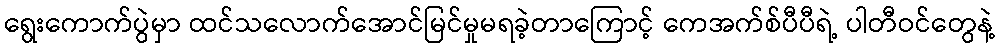
ရွေးကောက်ပွဲမှာ ထင်သလောက်အောင်မြင်မှုမရခဲ့တာကြောင့် ကေအက်စ်ပီပီရဲ့ ပါတီဝင်တွေနဲ့